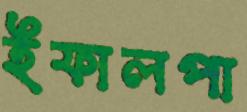
ইফালপা